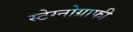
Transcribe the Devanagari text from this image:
स्टेग्नोग्राफी